Regulations for the medical services of the Army of India
Year: 1930
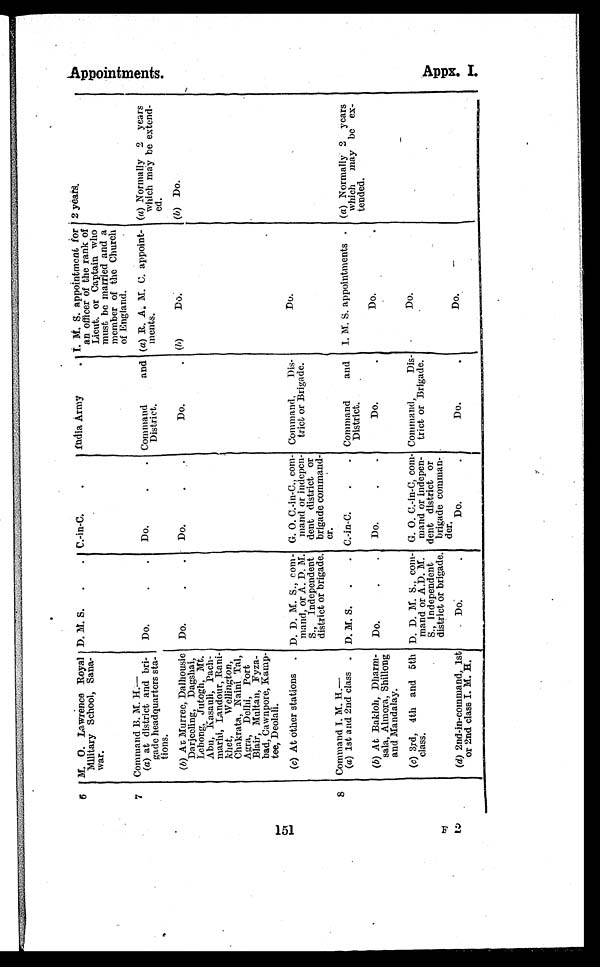
5
6 M.O. Lawrence Royal
Military School, Sana-
war.
D. M. S
C.-in-C.
India
A m y I. M. S. appointment for
an officer of the rank of
Lieut. or Captain who
must be married and a
member of the Church
of England.
2 Y e a s .
7
Command B. M. H.—
(a) at district and bri-
gado headquarters sta-
tines.
Do.
Do.
Command and
District.
(a) R. A. M. C. appoint-
Lents.
(a) Normally 2 years
which may he extend-
ed.
(b) At Murree, Dalhousie
Darjeeling, Dagshai,
Lehong, Jutogh, Mt.
Abu, Kasauli, Pach-
marhi, Landour, Rani-
Chet, Wellington,
Chakrata, Naini Tal,
Agra, Delhi, Port
Blair, Multan, Fyza-
bad, Cawnpore, Kamp-
tee, Deolali.
Do
Do.
Do.
(b) Do
.
(b) Do.
(c) At other stations. D. D. M. S., Com-
mend, or A. D. M.
S., Independent
district or brigade.
G. O. C.-in-C., com-
mand or indepen-
dent district or
brigade command-
er.
Command, Dis-
trict or Brigade.
Do.
8
Command I. M. H.—
(a) 1st and 2nd class. D. M. S.
C.-in-C. Command and
District.
I. M. S. appointments.
(a) Normally 2 years
which may be ex -
tended.
(b) At Bakloh, Dharm-
sala, Almora, Shillong
and Mandalay.
Do.
Do
Do.
Do.
(c) 3rd, 4th and 5th
class.
D. D. M. S., com-
mand or A.D. M.
S., Independent
district or brigade.
G. 0. 0.-in-C, corm-
mend or indepen-
dent district or
brigade comman-
dear.
Command, Dis-
trict or Brigade.
Do.
(d) 2nd-in-command, 1st
or 2nd class I. M. H.
D o .
Do.
Do.
Do.
O
5
e
I.